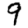
Digit: 9